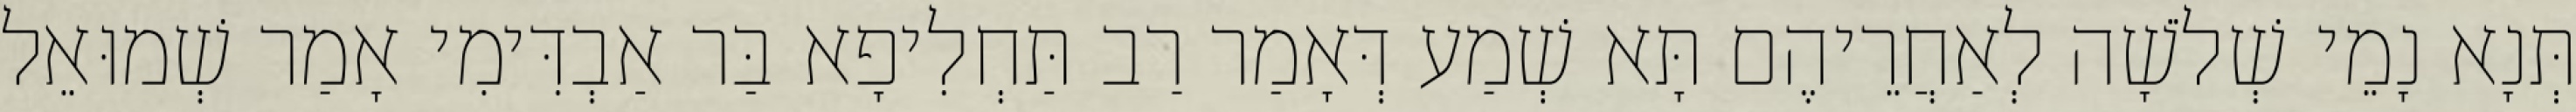
תְּנָא נָמֵי שְׁלֹשָׁה לְאַחֲרֵיהֶם תָּא שְׁמַע דְּאָמַר רַב תַּחְלִיפָא בַּר אַבְדִּימִי אָמַר שְׁמוּאֵל